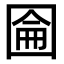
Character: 圇